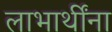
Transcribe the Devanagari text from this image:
लाभार्थींना